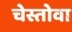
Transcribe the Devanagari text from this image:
चेस्तोवा